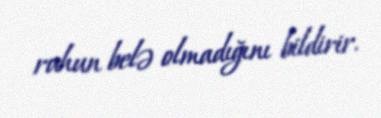
ruhun belə olmadığını bildirir.